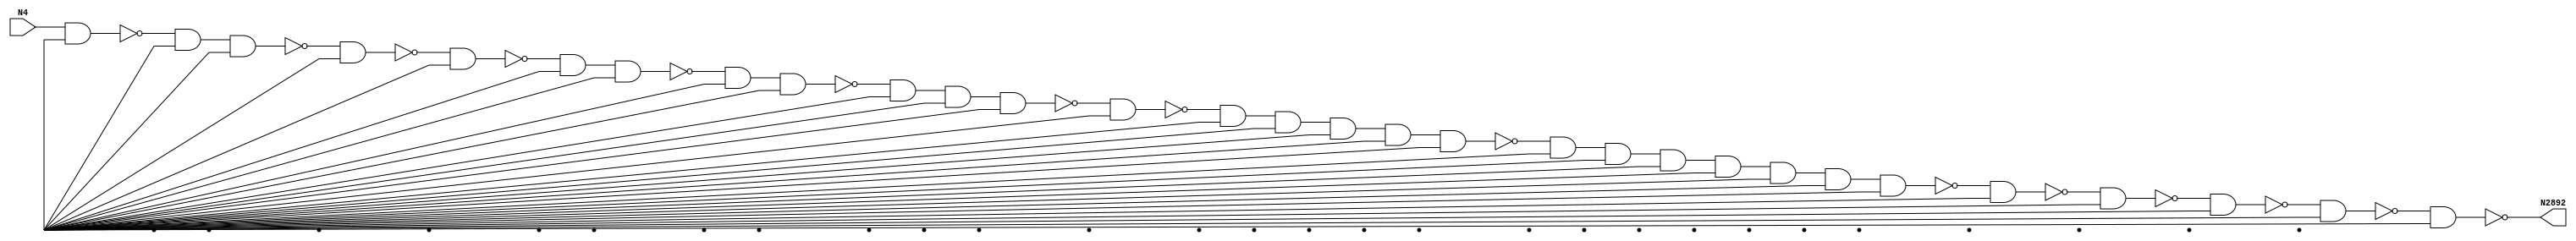
module singlepath (N4, N2892);
input N4;
output N2892;
wire N2873, N2846, N2828, N2810, N2809, N2776, N2750, N1999, N1958, N1310, N1879, N346, N1774, N2000, N1849, N1823, N1709, N1708, N1651, N2651, N1824, N2573, N559, N1443, N2606, N1944, N2078, N1208, N1647, N1010, N2648, N2874, N1013, N2020, N1207, N1513, N634, N2642, N194, N1546, N1487, N1444, N2038, N2060, N2196, N1355, N2199, N2224, N2627, N2570, N2225, N2297, N2549, N2645, N2233, N1746, N2241, N2263, N2266, N2552, N2286, N2555, N2576, N2597, N2600, N2603, N2746, Vcc, gnd;
not NOT1_2(N194, N4);
buf BUFF1_44(N346, N4);
buf BUFF1_82(N559, N194);
buf BUFF1_107(N634, N194);
buf BUFF1_219(N1010, N559);
buf BUFF1_220(N1013, N559);
not NOT1_272(N1207, N1013);
nand NAND2_273(N1208, N1013, Vcc);
nand NAND2_314(N1310, N1207, Vcc);
nand NAND2_336(N1355, N1310, Vcc);
nand NAND2_366(N1443, N1355, Vcc);
not NOT1_367(N1444, N1355);
nand NAND2_396(N1487, N1444, Vcc);
nand NAND2_412(N1513, N1487, Vcc);
not NOT1_428(N1546, N1513);
buf BUFF1_457(N1647, N1546);
buf BUFF1_458(N1651, N1546);
nand NAND2_478(N1708, N1647, Vcc);
not NOT1_479(N1709, N1647);
nand NAND2_497(N1746, N1709, Vcc);
nand NAND2_510(N1774, N1746, Vcc);
nand NAND2_534(N1823, N1774, Vcc);
not NOT1_535(N1824, N1774);
nand NAND2_544(N1849, N1824, Vcc);
nand NAND2_558(N1879, N1849, Vcc);
buf BUFF1_588(N1944, N1879);
buf BUFF1_592(N1958, N1879);
not NOT1_604(N1999, N1944);
nand NAND2_605(N2000, N1944, Vcc);
nand NAND2_621(N2020, N1999, Vcc);
nand NAND2_633(N2038, N2020, Vcc);
not NOT1_641(N2060, N2038);
nand NAND2_649(N2078, N2060, Vcc);
buf BUFF1_659(N2196, N2078);
buf BUFF1_660(N2199, N2078);
nand NAND2_669(N2224, N2196, Vcc);
not NOT1_670(N2225, N2196);
nand NAND2_678(N2233, N2225, Vcc);
nand NAND2_684(N2241, N2233, Vcc);
not NOT1_692(N2263, N2241);
and AND2_693(N2266, N2241, Vcc);
buf BUFF1_697(N2286, N2266);
buf BUFF1_698(N2297, N2266);
nand NAND5_714(N2549, N2297, Vcc, Vcc, Vcc, Vcc);
nand NAND5_715(N2552, N2297, Vcc, Vcc, Vcc, Vcc);
nand NAND5_716(N2555, N2297, Vcc, Vcc, Vcc, Vcc);
and AND5_721(N2570, N2297, Vcc, Vcc, Vcc, Vcc);
and AND5_722(N2573, N2297, Vcc, Vcc, Vcc, Vcc);
and AND5_723(N2576, N2297, Vcc, Vcc, Vcc, Vcc);
nand NAND5_725(N2597, N2297, Vcc, Vcc, Vcc, Vcc);
nand NAND5_726(N2600, N2297, Vcc, Vcc, Vcc, Vcc);
nand NAND5_727(N2603, N2297, Vcc, Vcc, Vcc, Vcc);
nand NAND5_728(N2606, N2297, Vcc, Vcc, Vcc, Vcc);
nand NAND5_733(N2627, N2297, Vcc, Vcc, Vcc, Vcc);
and AND5_742(N2642, N2297, Vcc, Vcc, Vcc, Vcc);
and AND5_743(N2645, N2297, Vcc, Vcc, Vcc, Vcc);
and AND5_744(N2648, N2297, Vcc, Vcc, Vcc, Vcc);
and AND5_745(N2651, N2297, Vcc, Vcc, Vcc, Vcc);
nand NAND8_791(N2746, N2555, Vcc, Vcc, Vcc, Vcc, Vcc, Vcc, Vcc);
and AND8_793(N2750, N2555, Vcc, Vcc, Vcc, Vcc, Vcc, Vcc, Vcc);
and AND2_811(N2776, N2746, Vcc);
nand NAND2_826(N2809, N2776, Vcc);
not NOT1_827(N2810, N2776);
nand NAND2_835(N2828, N2810, Vcc);
nand NAND2_838(N2846, N2828, Vcc);
nand NAND2_858(N2873, N2846, Vcc);
not NOT1_859(N2874, N2846);
nand NAND2_875(N2892, N2873, Vcc);

endmodule